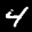
Label: 4